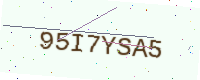
Text: 95I7YSA5